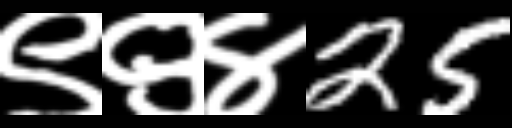
Text: ९९४25